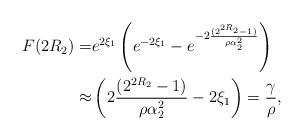
LaTeX: \begin{align*}F (2R_2) =& e^{2\xi_1}\left( e^{-2\xi_1}-e^{- 2\frac{(2^{2R_2}-1)}{\rho\alpha_2^2}}\right)\\ \approx&\left( 2\frac{(2^{2R_2}-1)}{\rho\alpha_2^2}-2\xi_1\right)=\frac{\gamma}{\rho},\end{align*}